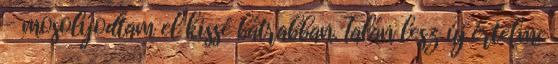
- mosolyodtam el kissé bátrabban. Talán lesz új értelme